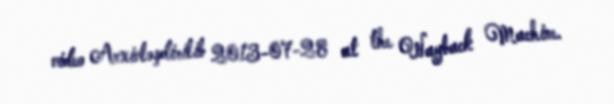
video Arxivləşdirilib 2013-07-28 at the Wayback Machine.